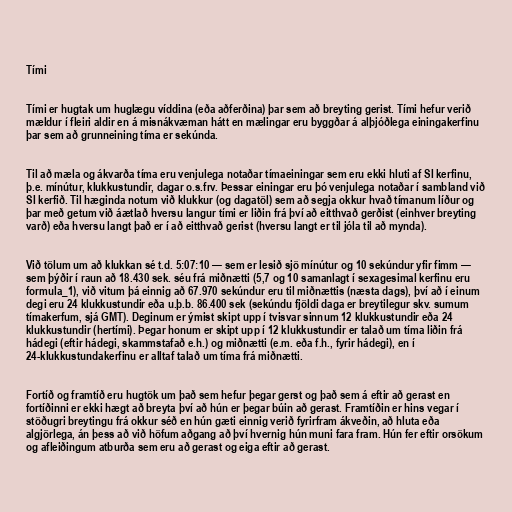
Tími

Tími er hugtak um huglægu víddina (eða aðferðina) þar sem að breyting gerist. Tími hefur verið
mældur í fleiri aldir en á misnákvæman hátt en mælingar eru byggðar á alþjóðlega einingakerfinu
þar sem að grunneining tíma er sekúnda.

Til að mæla og ákvarða tíma eru venjulega notaðar tímaeiningar sem eru ekki hluti af SI kerfinu,
þ.e. mínútur, klukkustundir, dagar o.s.frv. Þessar einingar eru þó venjulega notaðar í sambland við
SI kerfið. Til hæginda notum við klukkur (og dagatöl) sem að segja okkur hvað tímanum líður og
þar með getum við áætlað hversu langur tími er liðin frá því að eitthvað gerðist (einhver breyting
varð) eða hversu langt það er í að eitthvað gerist (hversu langt er til jóla til að mynda).

Við tölum um að klukkan sé t.d. 5:07:10 — sem er lesið sjö mínútur og 10 sekúndur yfir fimm —
sem þýðir í raun að 18.430 sek. séu frá miðnætti (5,7 og 10 samanlagt í sexagesimal kerfinu eru
formula_1), við vitum þá einnig að 67.970 sekúndur eru til miðnættis (næsta dags), því að í einum
degi eru 24 klukkustundir eða u.þ.b. 86.400 sek (sekúndu fjöldi daga er breytilegur skv. sumum
tímakerfum, sjá GMT). Deginum er ýmist skipt upp í tvisvar sinnum 12 klukkustundir eða 24
klukkustundir (hertími). Þegar honum er skipt upp í 12 klukkustundir er talað um tíma liðin frá
hádegi (eftir hádegi, skammstafað e.h.) og miðnætti (e.m. eða f.h., fyrir hádegi), en í
24-klukkustundakerfinu er alltaf talað um tíma frá miðnætti.

Fortíð og framtíð eru hugtök um það sem hefur þegar gerst og það sem á eftir að gerast en
fortíðinni er ekki hægt að breyta því að hún er þegar búin að gerast. Framtíðin er hins vegar í
stöðugri breytingu frá okkur séð en hún gæti einnig verið fyrirfram ákveðin, að hluta eða
algjörlega, án þess að við höfum aðgang að því hvernig hún muni fara fram. Hún fer eftir orsökum
og afleiðingum atburða sem eru að gerast og eiga eftir að gerast.